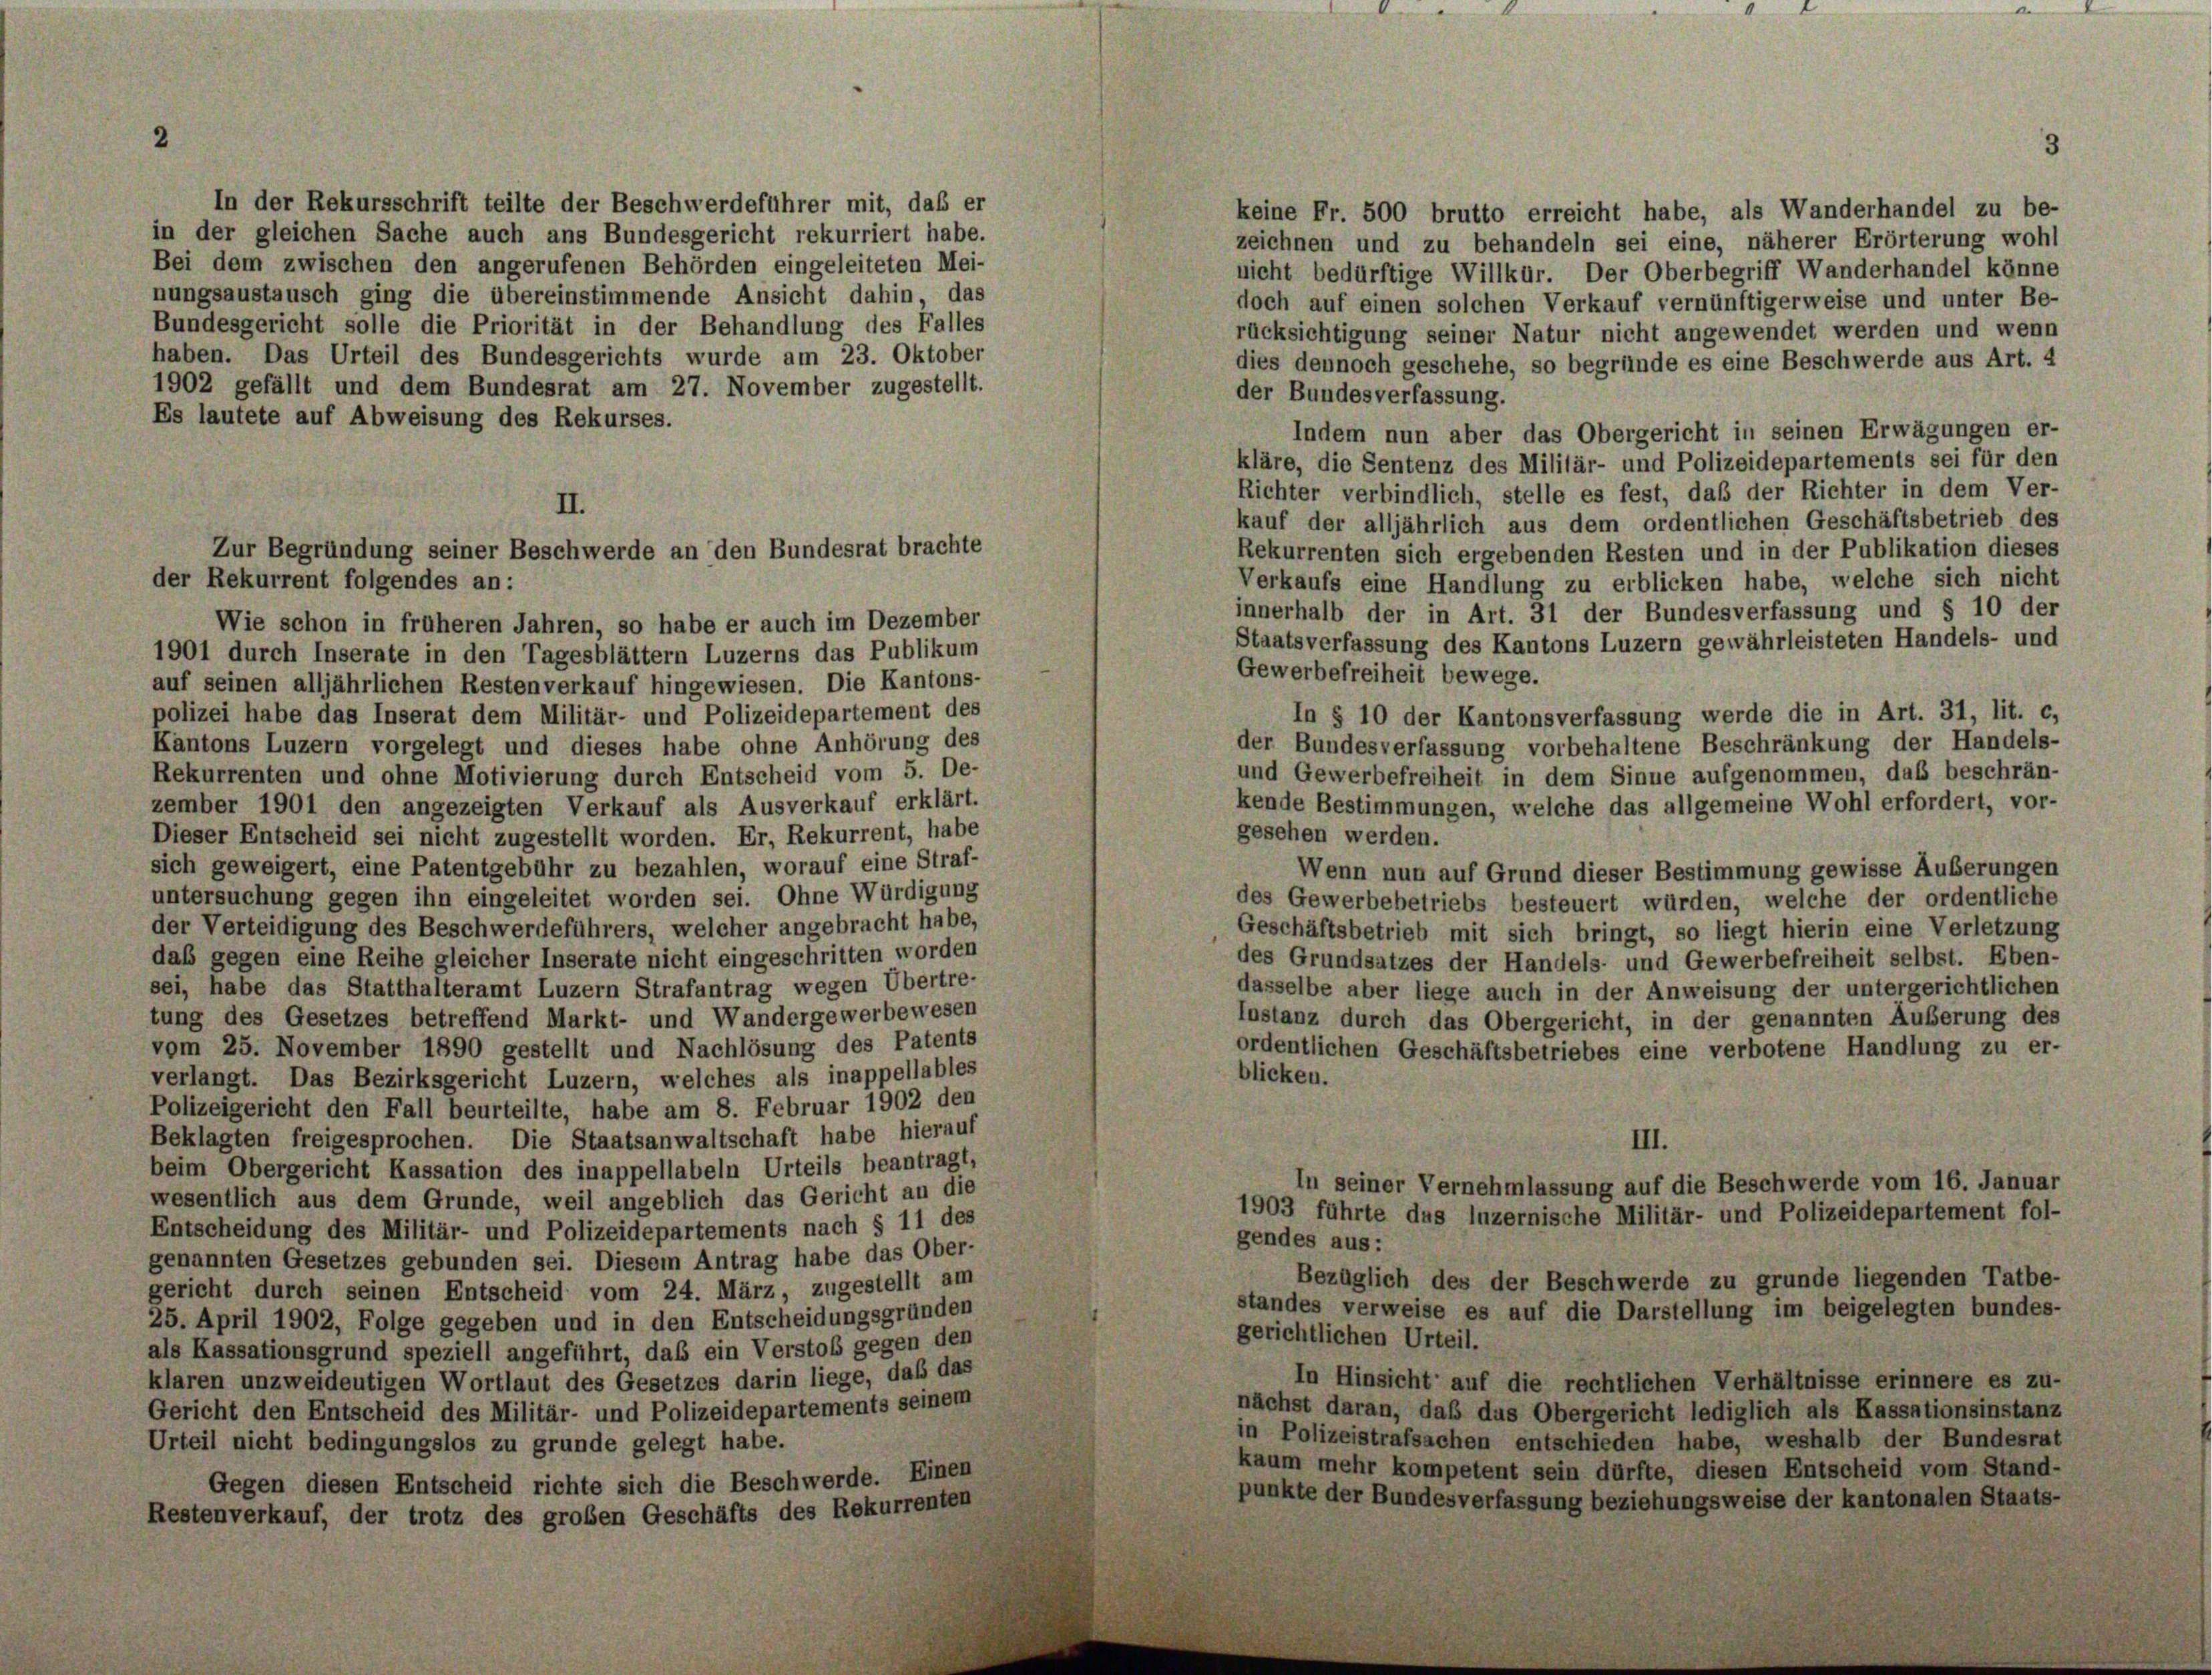
In der Rekursschrift teilte der Beschwerdeführer mit, daß er
in der gleichen Sache auch ans Bundesgericht rekurriert habe.
Bei dem zwischen den angerufenen Behörden eingeleiteten Mei-
nungsaustausch ging die übereinstimmende Ansicht dahin, das
Bundesgericht solle die Priorität in der Behandlung des Falles
haben. Das Urteil des Bundesgerichts wurde am 23. Oktober
1902 gefällt und dem Bundesrat am 27. November zugestellt.
Es lautete auf Abweisung des Rekurses.

Zur Begründung seiner Beschwerde an den Bundesrat brachte

keine Fr. 500 brutto erreicht habe, als Wanderhandel zu be-
zeichnen und zu behandeln sei eine, näherer Erörterung wohl
nicht bedürftige Willkür. Der Oberbegriff Wanderhandel könne
doch auf einen solchen Verkauf vernünftigerweise und unter Be-
rücksichtigung seiner Natur nicht angewendet werden und wenn
dies dennoch geschehe, so begründe es eine Beschwerde aus Art. 4
der Bundesverfassung.
Indem nun aber das Obergericht in seinen Erwägungen er-
kläre, die Sentenz des Militär- und Polizeidepartements sei für den
Richter verbindlich, stelle es fest, daß der Richter in dem Ver-
II.
kauf der alljährlich aus dem ordentlichen Geschäftsbetrieb des
Rekurrenten sich ergebenden Resten und in der Publikation dieses
der Rekurrent folgendes an:
Verkaufs eine Handlung zu erblicken habe, welche sich nicht
innerhalb der in Art. 31 der Bundesverfassung und § 10 der
Wie schon in früheren Jahren, so habe er auch im Dezember
Staatsverfassung des Kantons Luzern gewährleisteten Handels- und
1901 durch Inserate in den Tagesblättern Luzerns das Publikum
Gewerbefreiheit bewege.
auf seinen alljährlichen Restenverkauf hingewiesen. Die Kantons-
polizei habe das Inserat dem Militär- und Polizeidepartement des
In § 10 der Kantonsverfassung werde die in Art. 31, lit. c,
der Bundesverfassung vorbehaltene Beschränkung der Handels-
Kantons Luzern vorgelegt und dieses habe ohne Anhörung des
und Gewerbefreiheit in dem Sinne aufgenommen, daß beschrän-
Rekurrenten und ohne Motivierung durch Entscheid vom 5. De-
kende Bestimmungen, welche das allgemeine Wohl erfordert, vor-
zember 1901 den angezeigten Verkauf als Ausverkauf erklärt.
gesehen werden.
Dieser Entscheid sei nicht zugestellt worden. Er, Rekurrent, habe
sich geweigert, eine Patentgebühr zu bezahlen, worauf eine Straf-
Wenn nun auf Grund dieser Bestimmung gewisse Äußerungen
untersuchung gegen ihn eingeleitet worden sei. Ohne Würdigung
des Gewerbebetriebs besteuert würden, welche der ordentliche
der Verteidigung des Beschwerdeführers, welcher angebracht habe,
Geschäftsbetrieb mit sich bringt, so liegt hierin eine Verletzung
daß gegen eine Reihe gleicher Inserate nicht eingeschritten worden
des Grundsatzes der Handels- und Gewerbefreiheit selbst. Eben-
sei, habe das Statthalteramt Luzern Strafantrag wegen Übertre-
dasselbe aber liege auch in der Anweisung der untergerichtlichen
tung des Gesetzes betreffend Markt- und Wandergewerbewesen
Instanz durch das Obergericht, in der genannten Äußerung des
vom 25. November 1890 gestellt und Nachlösung des Patents
ordentlichen Geschäftsbetriebes eine verbotene Handlung zu er-
blicken.
verlangt. Das Bezirksgericht Luzern, welches als inappellables
Polizeigericht den Fall beurteilte, habe am 8. Februar 1902 den
Beklagten freigesprochen. Die Staatsanwaltschaft habe hierauf
III.
beim Obergericht Kassation des inappellabeln Urteils beantragt,
In seiner Vernehmlassung auf die Beschwerde vom 16. Januar
wesentlich aus dem Grunde, weil angeblich das Gericht an die
1903 führte das luzernische Militär- und Polizeidepartement fol-
Entscheidung des Militär- und Polizeidepartements nach § 11 des
gendes aus:
genannten Gesetzes gebunden sei. Diesem Antrag habe das Ober-
Bezüglich des der Beschwerde zu grunde liegenden Tatbe-
gericht durch seinen Entscheid vom 24. März, zugestellt am
standes verweise es auf die Darstellung im beigelegten bundes-
25. April 1902, Folge gegeben und in den Entscheidungsgründen
gerichtlichen Urteil.
als Kassationsgrund speziell angeführt, das ein Verstoß gegen den
klaren unzweideutigen Wortlaut des Gesetzes darin liege, daß das
In Hinsicht auf die rechtlichen Verhältnisse erinnere es zu-
Gericht den Entscheid des Militär- und Polizeidepartements seinem
nächst daran, daß das Obergericht lediglich als Kassationsinstanz
in Polizeistrafsachen entschieden habe, weshalb der Bundesrat
Urteil nicht bedingungslos zu grunde gelegt habe.
kaum mehr kompetent sein dürfte, diesen Entscheid vom Stand-
Gegen diesen Entscheid richte sich die Beschwerde. Einen
punkte der Bundesverfassung beziehungsweise der kantonalen Staats-
Restenverkauf, der trotz des großen Geschäfts des Rekurrenten